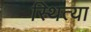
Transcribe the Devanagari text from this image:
स्थित्या